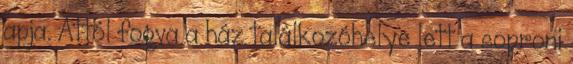
apja. Attól fogva a ház találkozóhelye lett a soproni